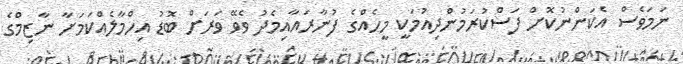
ނަމަވެސް އެކަންނުކޮށް ފަސްކުރަމުންދިއުމަކީ މީހެއްގެ ފުނާރައާއިމެދު ވެވޭ ވަރަށް ބޮޑު އިހްމާލެއްކަމަށާ ނާޒިމްގެ